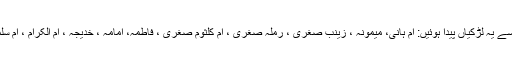
اور بہت سی باندیاں تھیں جن سے یہ لڑکیاں پیدا ہوئیں: ام ہانی، میمونہ ، زینب صغریٰ ، رملہ صغریٰ ، ام کلثوم صغریٰ ، فاطمہ، امامہ ، خدیجہ ، ام الکرام ، ام سلمہ ، ام جعفر ، جمانہ ، نفیسہ ۔